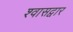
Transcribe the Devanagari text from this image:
श्वासद्वार